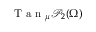
\textnormal { T a n } _ { \mu } \mathscr { P } _ { 2 } ( \Omega )